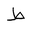
Letter: _da